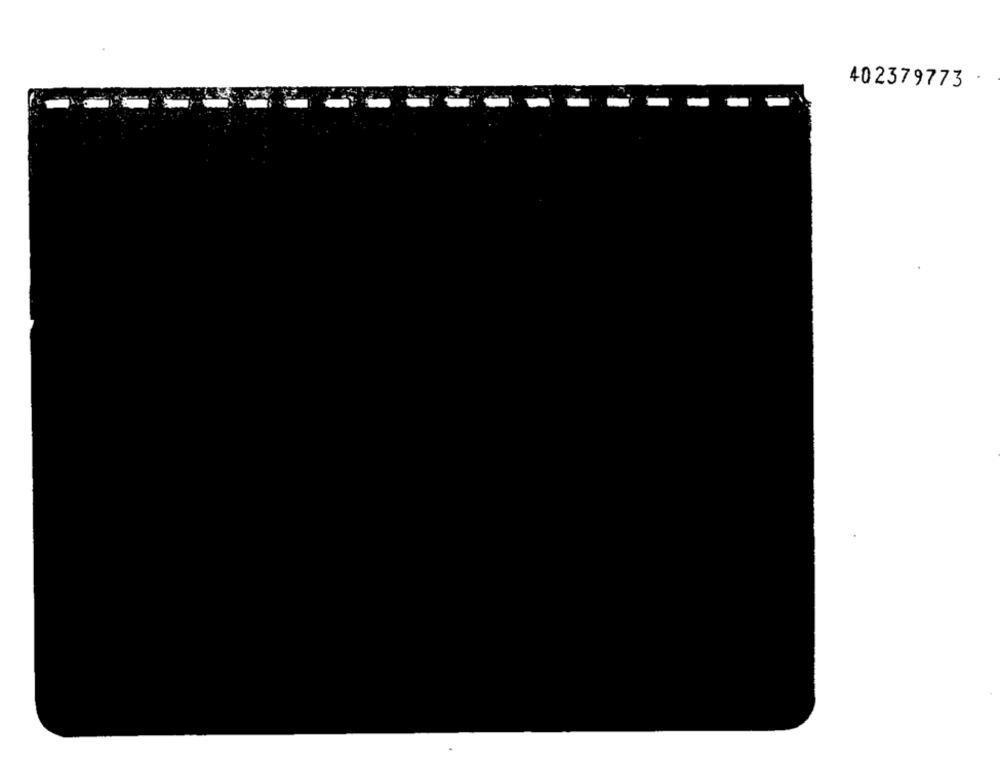
402379773
-
-
-